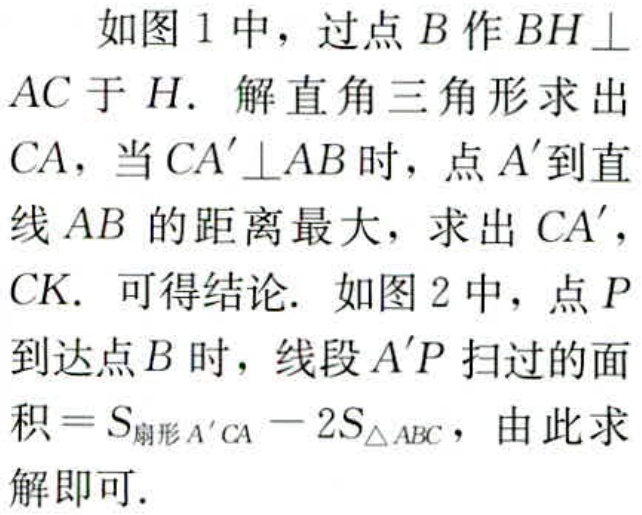
如图 1 中，过点 \(B\) 作 \(BH\perp AC\) 于 \(H\). 解直角三角形求出 \(CA\)，当 \(CA'\perp AB\) 时，点 \(A'\) 到直线 \(AB\) 的距离最大，求出 \(CA'\)，\(CK\). 可得结论. 如图 2 中，点 \(P\) 到达点 \(B\) 时，线段 \(A'P\) 扫过的面积 \(=S_{扇形 A'CA}-2S_{\triangle ABC}\)，由此求解即可.